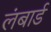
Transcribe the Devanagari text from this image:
लंबार्ड